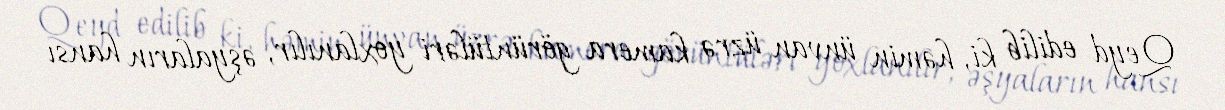
Qeyd edilib ki, həmin ünvan üzrə kamera görüntüləri yoxlanılır, əşyaların hansı